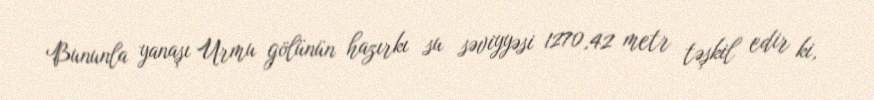
Bununla yanaşı Urmu gölünün hazırkı su səviyyəsi 1270,42 metr təşkil edir ki,